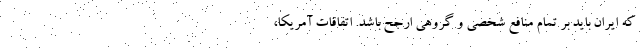
که ایران باید بر تمام منافع شخصی و گروهی ارجح باشد. اتفاقات آمریکا،